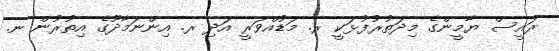
ރައީސް ޔާމީންގެ މިދަތުރުފުޅަކީ ރ. މަޑުއްވަރީ އަދި ރ. އިންނަމާދޫގެ އިތުރުން ނ.